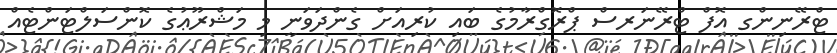
ޓްރޭނިންގ އޮފް ޓްރޭނަރސް ޕްރޮގްރާމުގެ ބައި ކުރިއަށް ގެންދަވަނީ މި މަޝްރޫޢުގެ ކޮންސަލްޓަންޓެއް